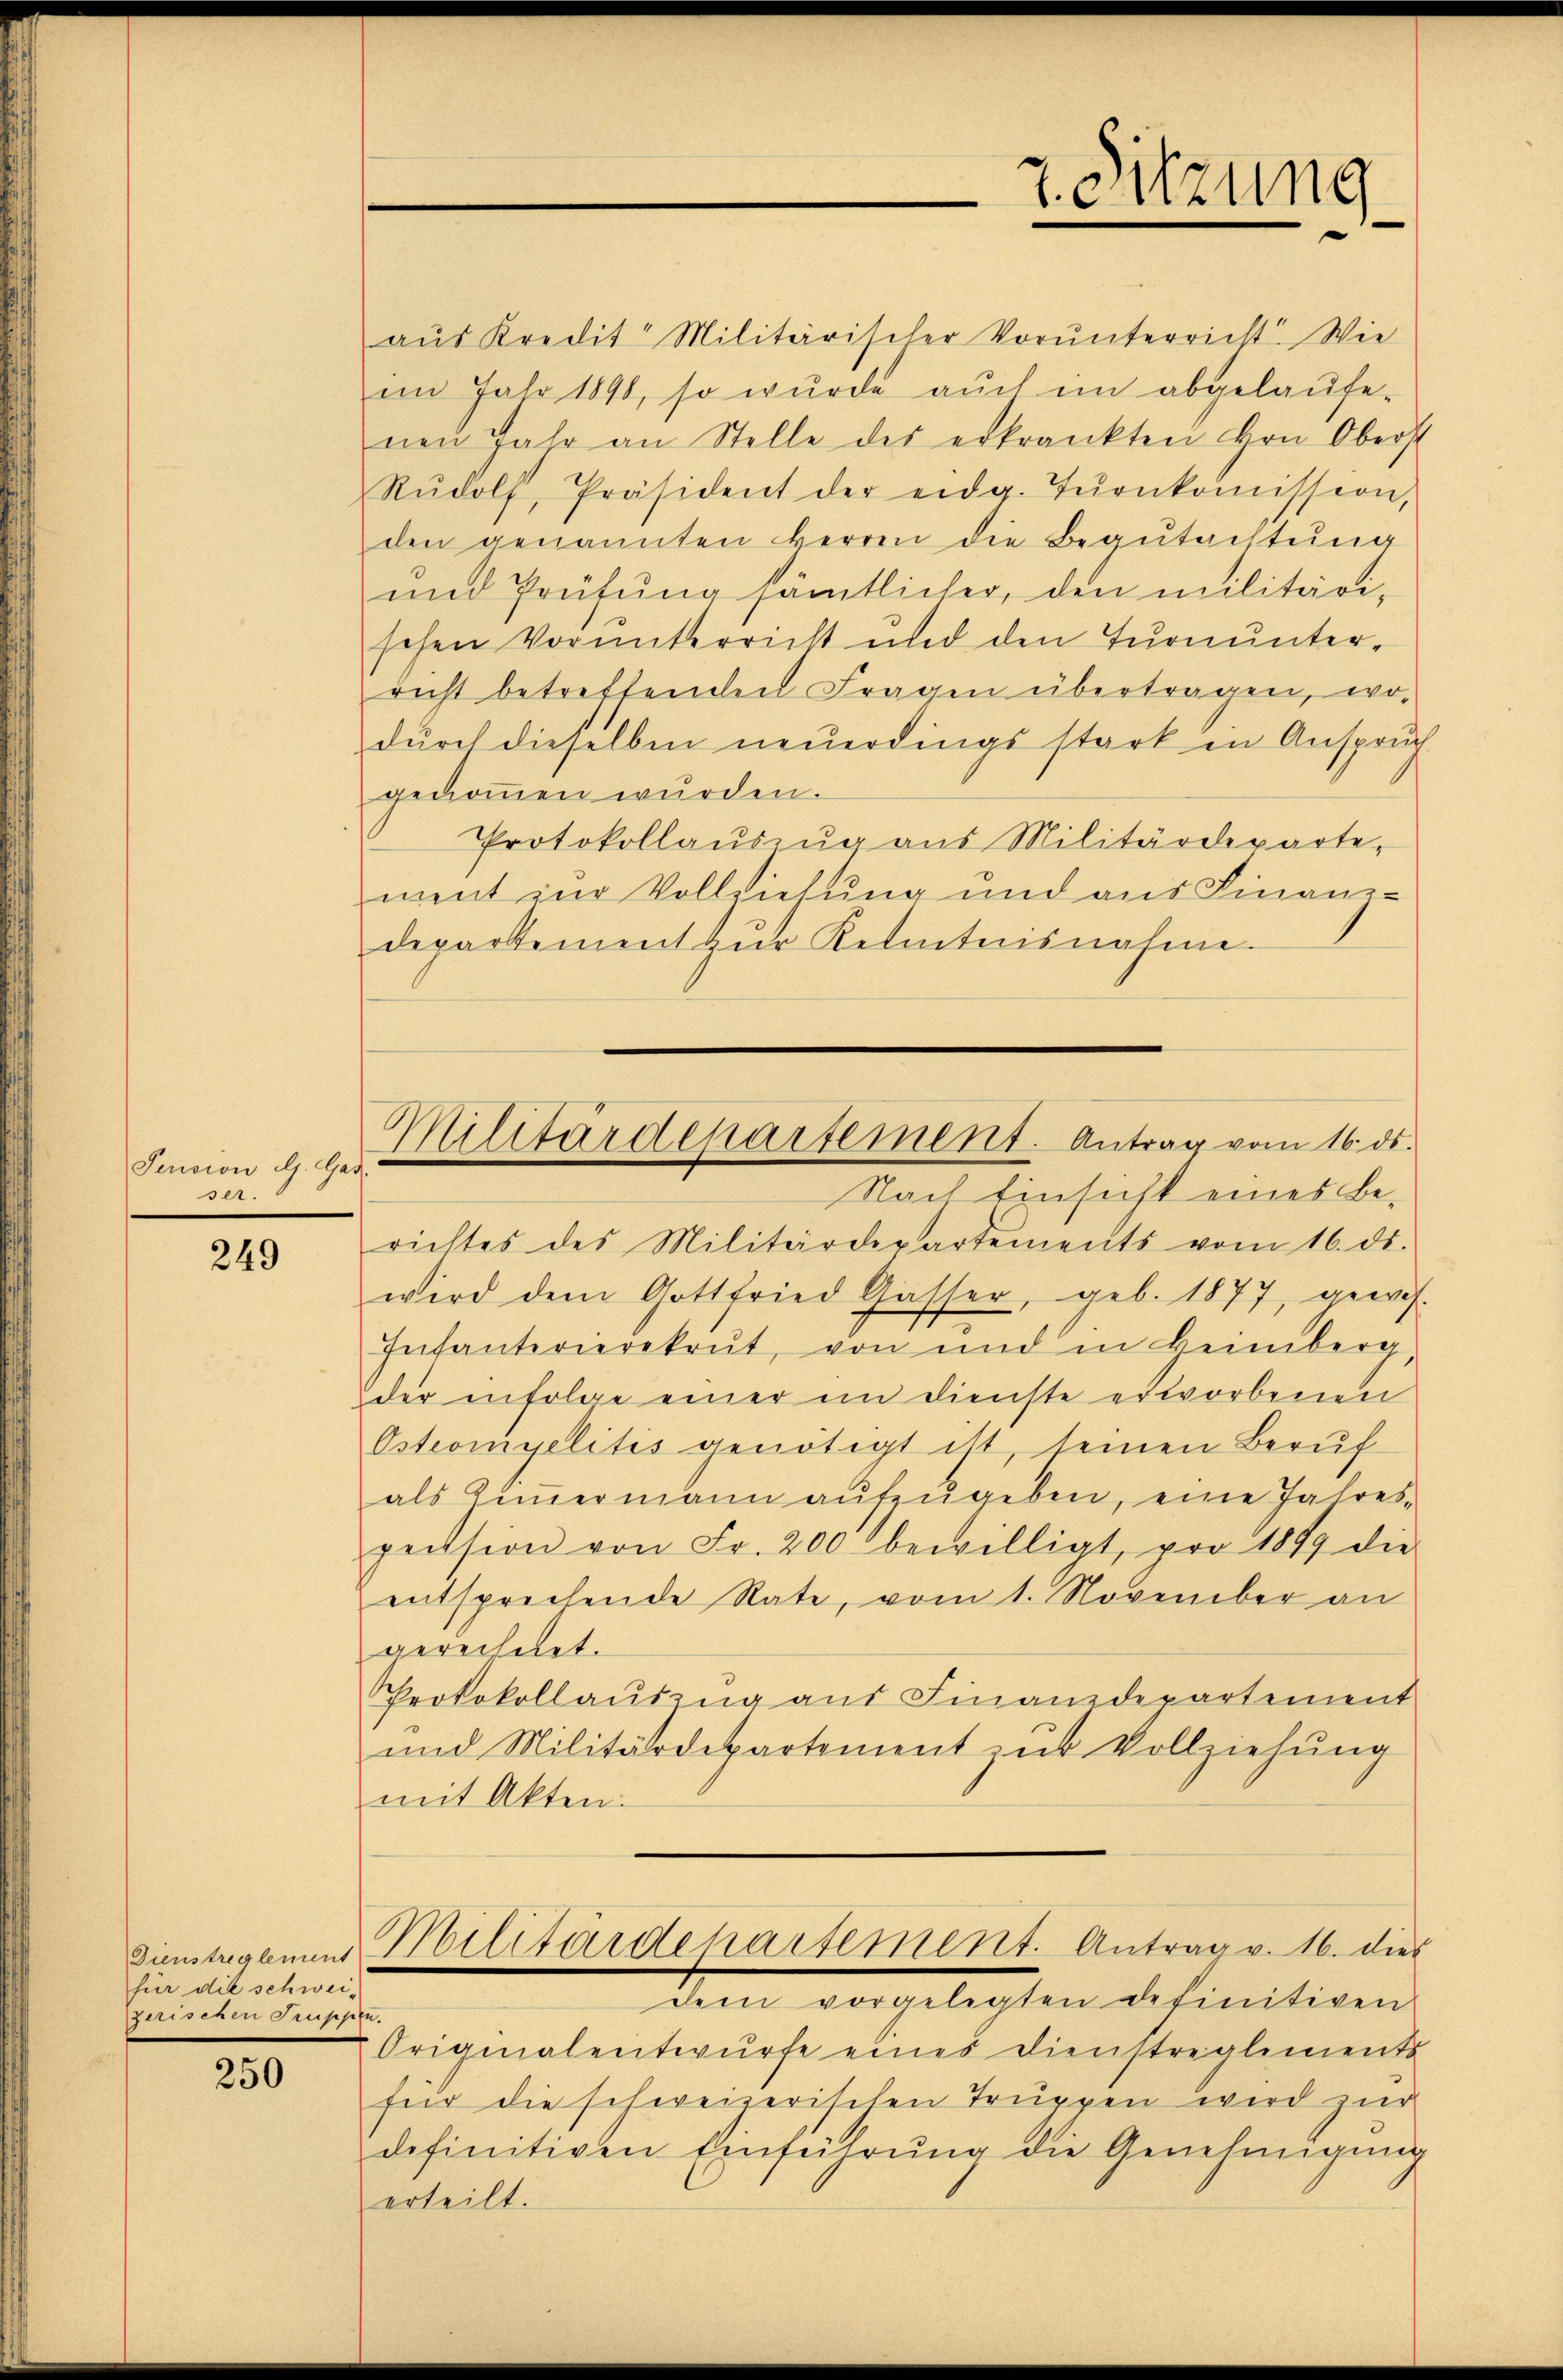
Pension d. Gad
ser.

249

Dienstreglement
für die schweizerischen Imppe

250

aŭs Kredit Militärischer Vorŭnterricht. Wie
i Jahr 1890, so wurde aŭch im abgelaŭfe-
nen Jahr an Stelle des erkrankten Hrn. Oberst
Rŭdolf, Präsident der eidg. Tŭrnkoṁission,
den genannten Herren die Begŭtachtŭng
und Prüfung sämtlicher, den militärischen Vorunterricht und den Turnunterricht betreffenden Fragen übertragen, wo-
dŭrch dieselben neŭerdings stark in Ansprüch
genoṁen wurden.
Protokollauszug aus Militärdeparte-
ment zur Vollziehung und aus Finanz-
departement zŭr Kelitensnahme.

Nach Einsicht eines Berichtes des Militärdepartements vom 16. ds.
wird dem Gottfried Gasser, geb. 1877, gewis-
Infanterierekrut, von und in Heimberg
der infolge einer im Dienste erworbenen
Ostromyelites genötigt ist, seinen Beruf
als Ziṁermann aŭfzŭgeben, eine Jahres-
peission von Fr. 200 bewilligt, pro 1879 die
entsprechende Rate, vom 1. November an
gerechnet.
Protokollauszug aus Finanzdepartement
und Militärdepartement zur Vollziehung
mit Akten.
Militärdepartement. Antrag v. 16. dies
dem vorgelegten definitiven
u.
Originalentwurfe eines Dienstreglements
für die schweizerischen Truppen wird zur
definitiven Einführŭng die Genehmigŭng
erteilt.

7. Sitzung

Militärdepartement. Antrag vom 16. ds.